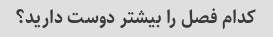
کدام فصل را بیشتر دوست دارید؟